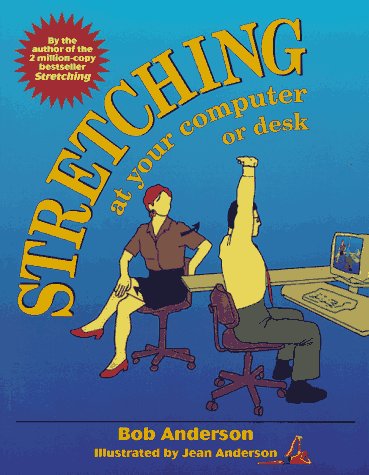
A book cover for Stretching at Your Computer or Desk; Bob Anderson; Business & Money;